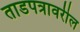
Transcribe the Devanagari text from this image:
ताडपत्रावरील